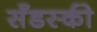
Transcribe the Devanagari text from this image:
सँडस्की